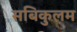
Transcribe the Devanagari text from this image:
सबिकुलम